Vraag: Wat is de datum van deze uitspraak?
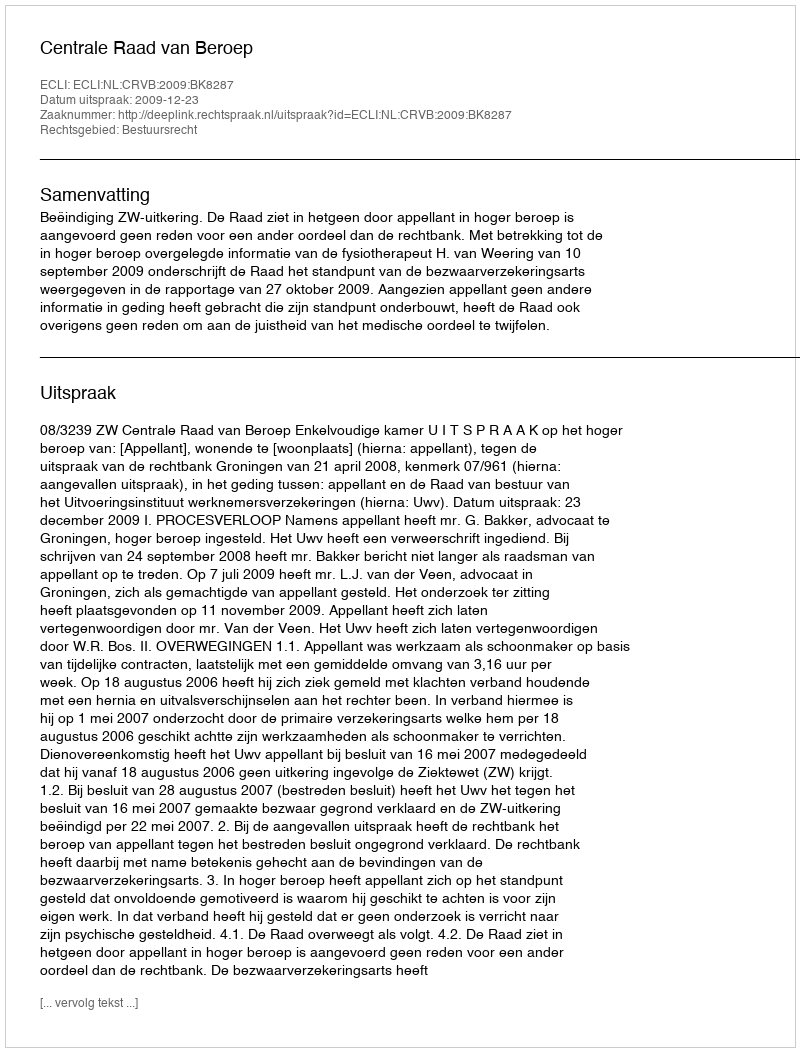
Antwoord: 2009-12-23